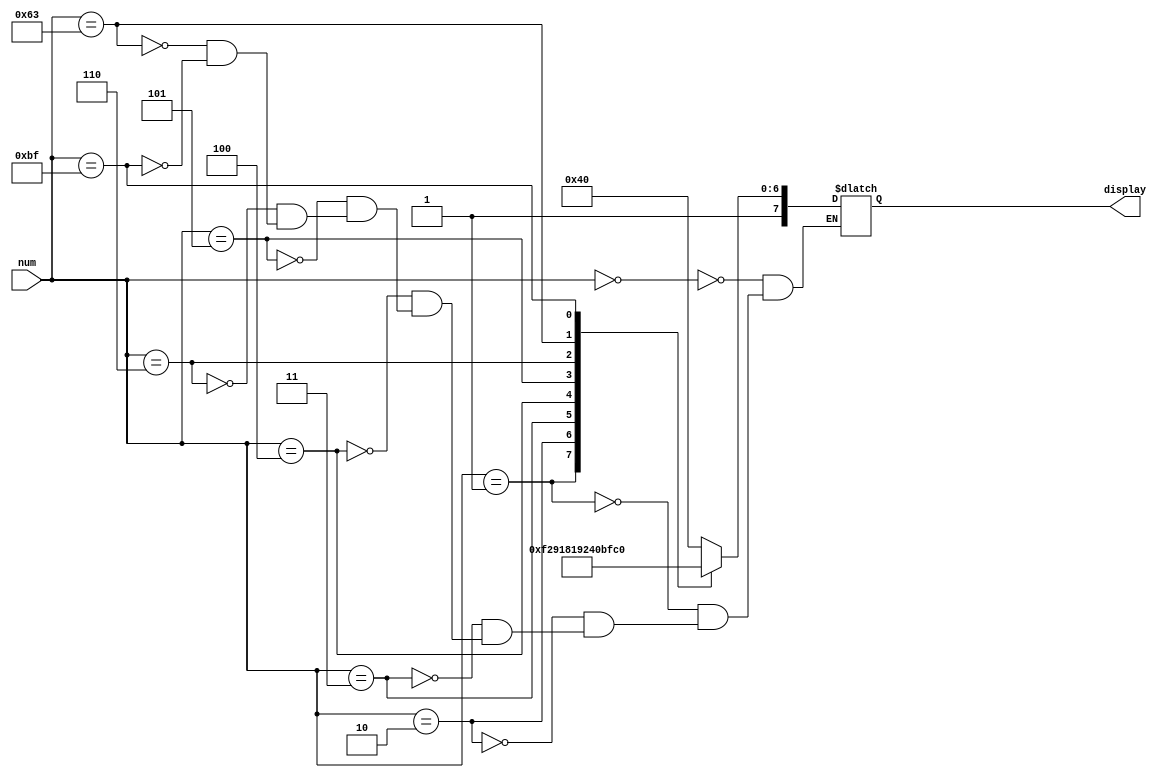
module DecToDisplay(input [7:0] num, output reg [7:0] display);

	always @(*) begin
	
		case (num)
			
			// if num is 0-6, display the number on HEX display
			8'd0: display = 8'b11000000; 
			8'd1: display = 8'b11111001;
			8'd2: display = 8'b10100100;
			8'd3: display = 8'b10110000;
			8'd4: display = 8'b10011001;
			8'd5: display = 8'b10010010;
			8'd6: display = 8'b10000010;	
			
			// if num is 99, clear the display
			8'd99: display = 8'b11111111;
			
			// display hyphen
			8'b10111111: display = 8'b10111111;
			
		endcase
	
	end

endmodule